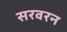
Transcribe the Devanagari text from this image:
सरवरन